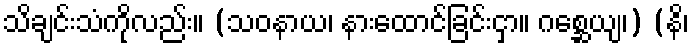
သိချင်းသံကိုလည်း။ (သဝနာယ၊ နားထောင်ခြင်းငှာ။ ဂစ္ဆေယျ၊) (နိ၊